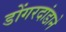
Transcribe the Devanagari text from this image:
डोंगरदांडाने